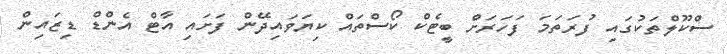
ސްކޫލްތަކުގައި ފުރަތަމަ ފަހަރަށް ބީޓެކް ކޯސްތައް ކިޔަވައިދޭން ފަށައި އާޓް އެންޑް ޑިޒައިން